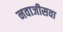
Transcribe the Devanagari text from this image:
नवाजीसवा